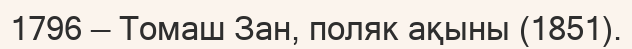
1796 — Томаш Зан, поляк ақыны (1851).